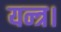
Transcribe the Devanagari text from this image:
यन्त्र।